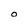
Character: O